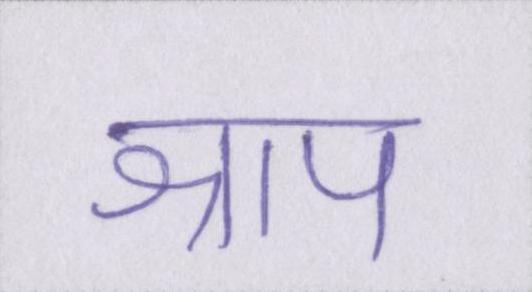
श्राप